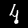
Digit: 4